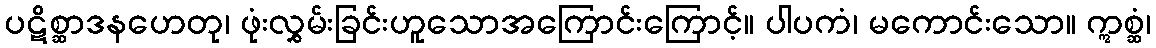
ပဋိစ္ဆာဒနဟေတု၊ ဖုံးလွှမ်းခြင်းဟူသောအကြောင်းကြောင့်။ ပါပကံ၊ မကောင်းသော။ ဣစ္ဆံ၊